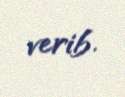
verib.